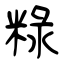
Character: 粶